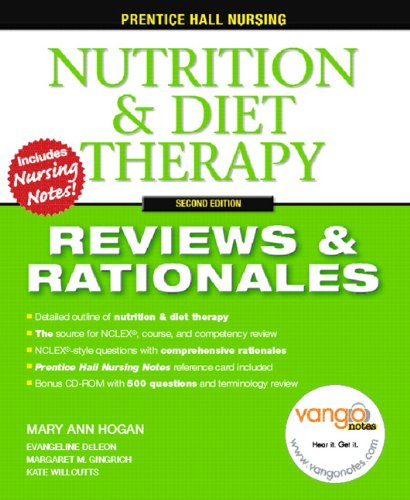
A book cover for Prentice Hall Reviews & Rationales: Nutrition & Diet Therapy (2nd Edition); MaryAnn Hogan; Medical Books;